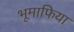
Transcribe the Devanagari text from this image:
भूमाफिया